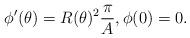
LaTeX: \begin{align*}\phi^\prime(\theta) = R(\theta)^2 \frac{\pi}{A} , \phi(0)=0 .\end{align*}